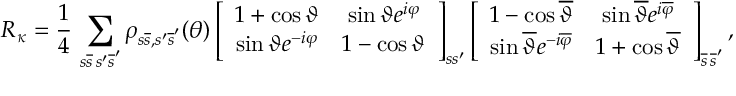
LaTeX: { \cal R } _ { \kappa } = \frac { 1 } { 4 } \, \sum _ { s \overline { { s } } \, s ^ { \prime } \overline { { s } } ^ { \prime } } \rho _ { s \overline { { s } } , s ^ { \prime } \overline { { s } } ^ { \prime } } ( \theta ) \left[ \begin{array} { c c } { { 1 + \cos \vartheta } } & { { \sin \vartheta e ^ { i \varphi } } } \\ { { \sin \vartheta e ^ { - i \varphi } } } & { { 1 - \cos \vartheta } } \end{array} \right] _ { s s ^ { \prime } } \left[ \begin{array} { c c } { { 1 - \cos \overline { { \vartheta } } } } & { { \sin \overline { { \vartheta } } e ^ { i \overline { { \varphi } } } } } \\ { { \sin \overline { { \vartheta } } e ^ { - i \overline { { \varphi } } } } } & { { 1 + \cos \overline { { \vartheta } } } } \end{array} \right] _ { \overline { { s } } \, \overline { { s } } ^ { \prime } } ,